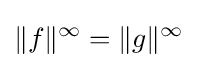
\|f\|^{\infty }=\|g\|^{\infty }